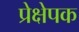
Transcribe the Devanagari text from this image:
प्रेक्षेपक